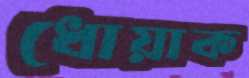
ধোয়াক